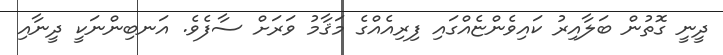
ދީނީ ގޮތުން ބަލާއިރު ކައިވެންޏެއްގައި ފިރިއެއްގެ މަޤާމު ވަރަށް ސާފެވެ. އަނބިންނަކީ ދީނާއި